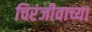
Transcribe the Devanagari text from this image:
चिरंजीवाच्या